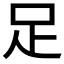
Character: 足